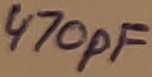
Text: 470pF